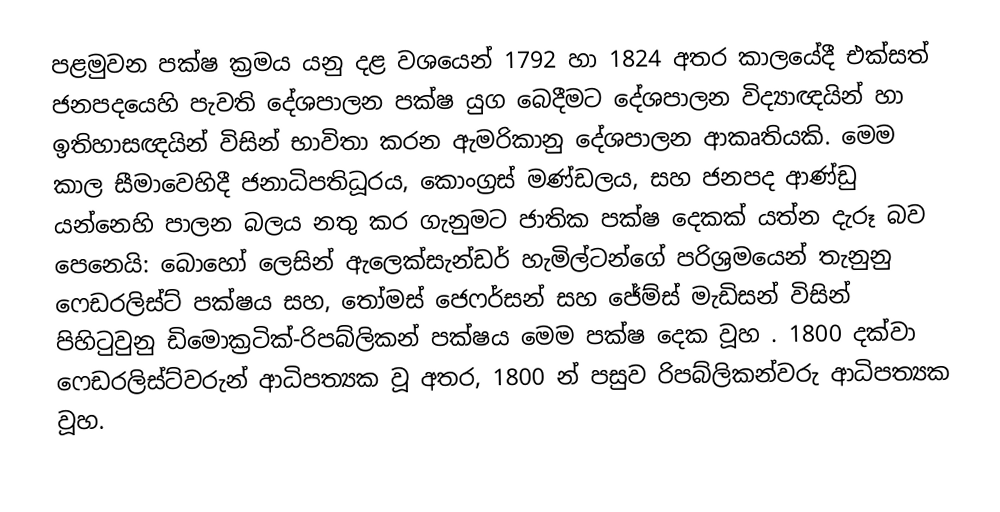
පළමුවන පක්ෂ ක්‍රමය යනු  දළ වශයෙන් 1792 හා 1824 අතර කාලයේදී එක්සත් ජනපදයෙහි පැවති දේශපාලන පක්ෂ යුග බෙදීමට දේශපාලන විද්‍යාඥයින් හා ඉතිහාසඥයින් විසින් භාවිතා කරන ඇමරිකානු දේශපාලන ආකෘතියකි. මෙම  කාල සීමාවෙහිදී ජනාධිපතිධූරය, කොංග්‍රස් මණ්ඩලය, සහ ජනපද ආණ්ඩු යන්නෙහි පාලන බලය නතු කර ගැනුමට ජාතික පක්ෂ දෙකක් යත්න දැරූ බව පෙනෙයි:  බොහෝ ලෙසින් ඇලෙක්සැන්ඩර් හැමිල්ටන්ගේ පරිශ්‍රමයෙන් තැනුනු ෆෙඩරලිස්ට් පක්ෂය සහ, තෝමස් ජෙෆර්සන් සහ ජේම්ස් මැඩිසන් විසින් පිහිටුවුනු  ඩිමොක්‍රටික්-රිපබ්ලිකන් පක්ෂය මෙම පක්ෂ දෙක වූහ . 1800 දක්වා ෆෙඩරලිස්ට්වරුන් ආධිපත්‍යක වූ අතර, 1800 න් පසුව රිපබ්ලිකන්වරු ආධිපත්‍යක වූහ.